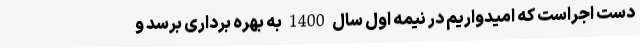
دست اجراست که امیدواریم در نیمه اول سال 1400 به بهره برداری برسد و